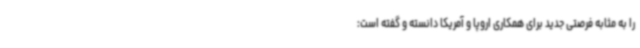
را به‌ مثابه فرصتی جدید برای همکاری اروپا و آمریکا دانسته و گفته است: